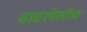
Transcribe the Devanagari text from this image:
वाढलेलीच